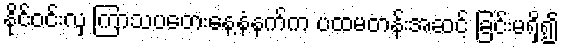
နိုင်ဝင်းလှ ကြာသပတေးနေ့နံနက်က ပထမတန်းအဆင့် ခြင်းမရှိ၍